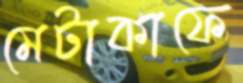
মেটাকাফে